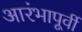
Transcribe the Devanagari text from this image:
आरंभापूर्वी